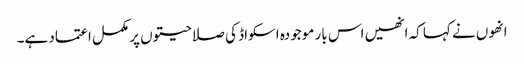
انھوں نے کہا کہ انھیں اس بار موجودہ اسکواڈ کی صلاحیتوں پر مکمل اعتماد ہے۔